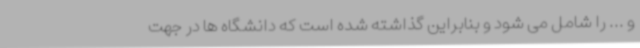
و ... را شامل می شود و بنابراین گذاشته شده است که دانشگاه ها در جهت